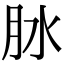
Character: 𦙙